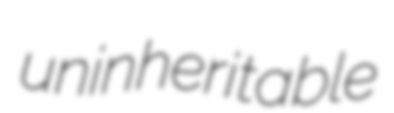
uninheritable